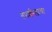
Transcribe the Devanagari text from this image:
तपशीलाचा